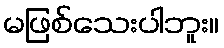
မဖြစ်သေးပါဘူး။